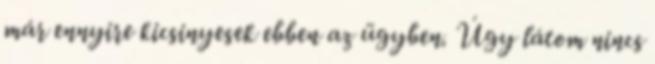
már ennyire kicsinyesek ebben az ügyben. Úgy látom nincs